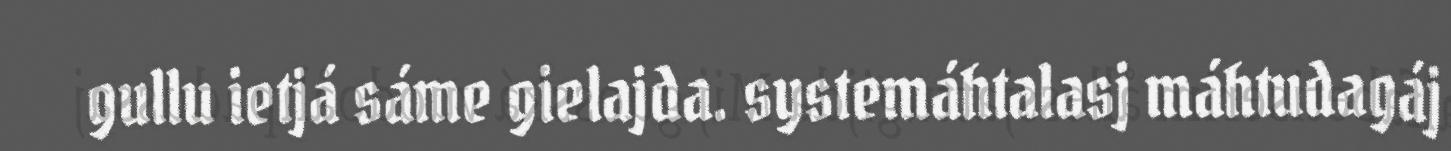
gullu ietjá sáme gielajda. systemáhtalasj máhtudagáj